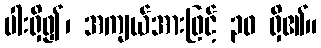
ပါးရှိ၍၊ အကျယ်အားဖြင့် ၃၀ ရှိ၏။